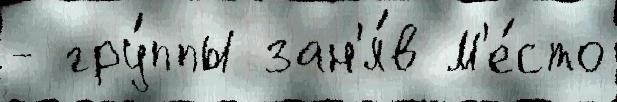
- гру́ппы зан'я́в М'е́сто